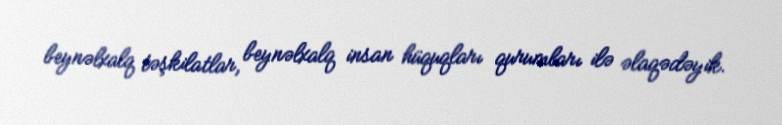
beynəlxalq təşkilatlar, beynəlxalq insan hüquqları qurumları ilə əlaqədəyik.